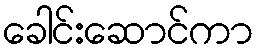
ခေါင်းဆောင်ကာ